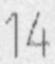
14